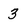
Character: 3